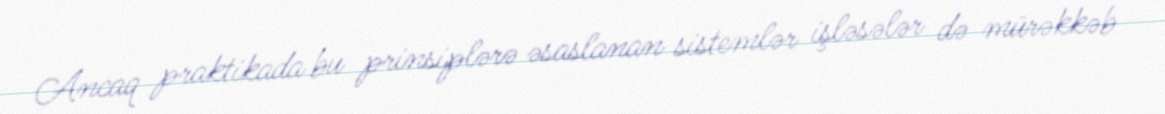
Ancaq praktikada bu prinsiplərə əsaslanan sistemlər işləsələr də mürəkkəb